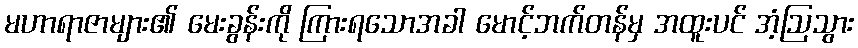
မဟာရာဇာများ၏ မေးခွန်းကို ကြားရသောအခါ မောင့်ဘက်တန်မှ အထူးပင် အံ့ဩသွား